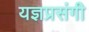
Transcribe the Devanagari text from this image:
यज्ञप्रसंगी